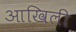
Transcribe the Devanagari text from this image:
आखिली